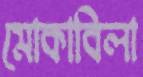
মোকাবিলা